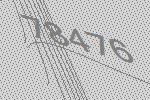
78476